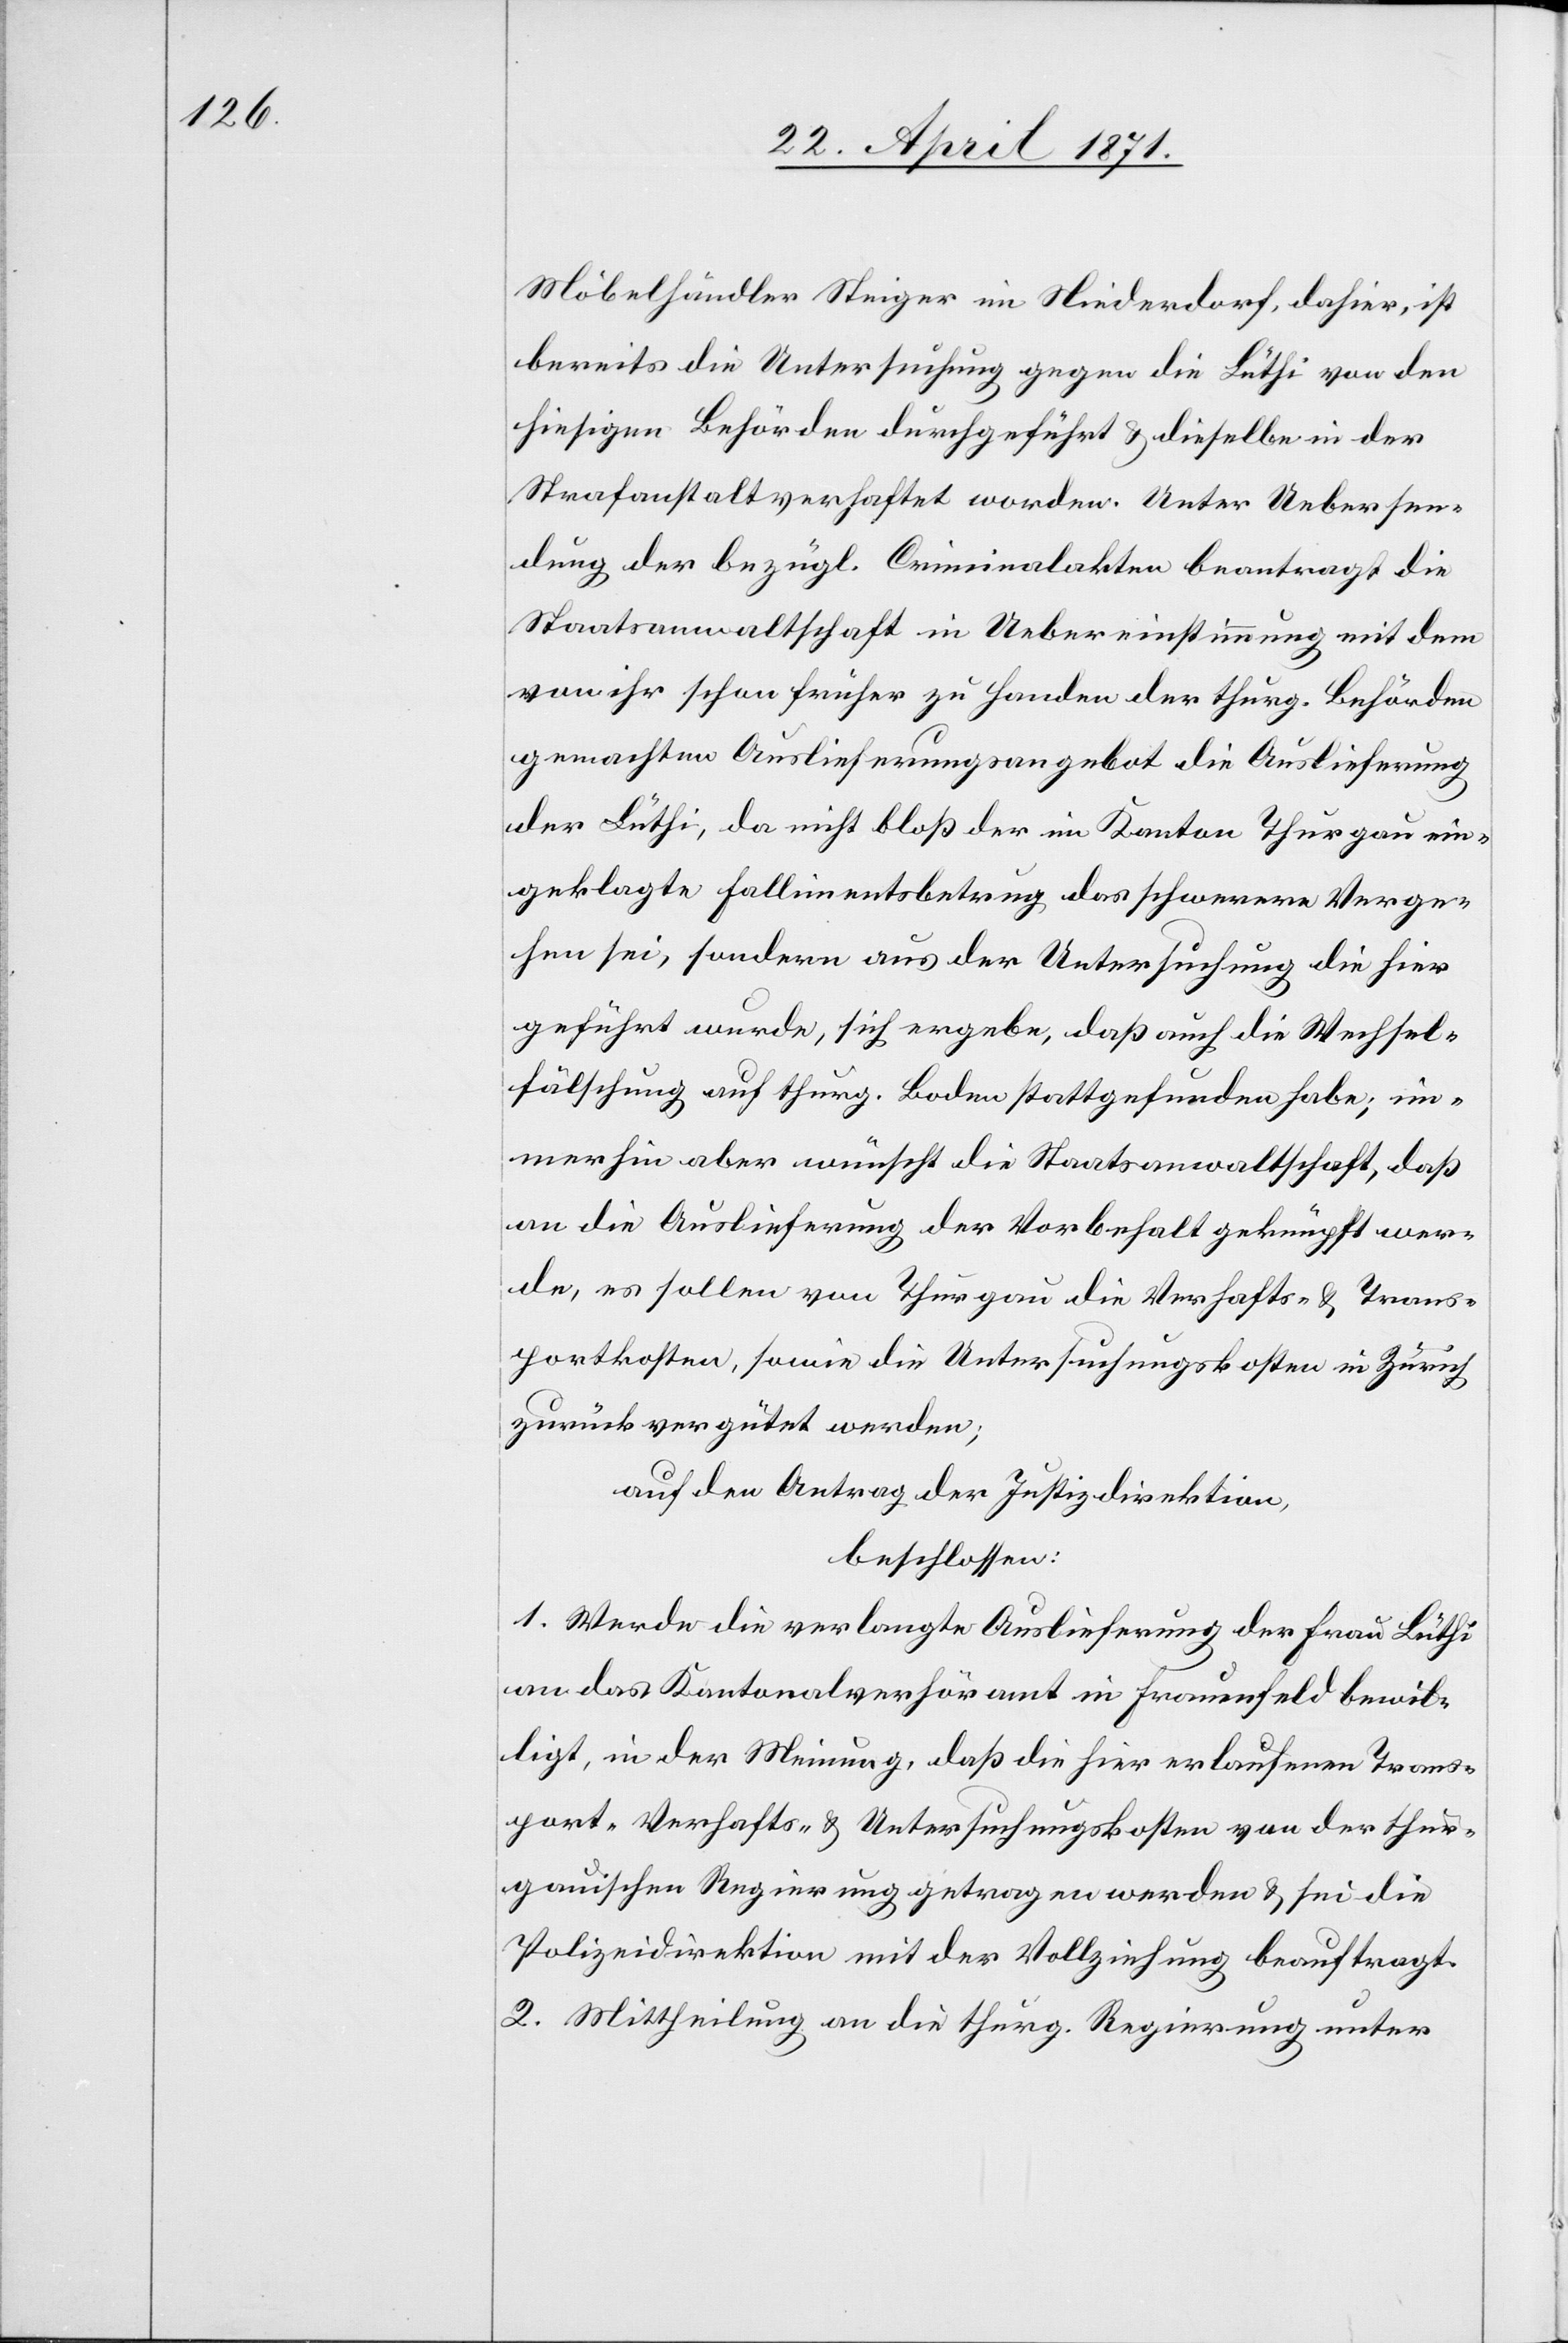
Möbelhändler Steiger in Niederdorf, dahier, ist
bereits die Untersuchung gegen die Lüthi von den
hiesigen Behörden durchgeführt u. dieselbe in der
Strafanstalt verhaftet worden. Unter Uebersen¬
dung der bezügl. Criminalakten beantragt die
Staatsanwaltschaft in Uebereinstimmung mit dem
von ihr schon früher zu Handen der thurg. Behörden
gemachten Auslieferungsangebot die Auslieferung
der Lüthi, da nicht bloß der im Kanton Thurgau ein¬
geklagte Fallimentsbetrug das schwerere Verge¬
hen sei, sondern aus der Untersuchung die hier
geführt wurde, sich ergeben, daß auch die Wechsel¬
fälschung auf thurg. Boden stattgefunden habe; im¬
merhin aber wünscht die Staatsanwaltschaft, daß
an die Auslieferung der Vorbehalt geknüpft wer¬
de, es sollen von Thurgau die Verhafts- u. Trans¬
portkosten, sowie die Untersuchungskosten in Zürich
zurückvergütet werden;
auf den Antrag der Justizdirektion,
beschlossen:
1. Werde die verlangte Auslieferung der Frau Lüthi
an das Kantonalverhöramt in Frauenfeld bewil¬
ligt, in der Meinung, daß die hier erlaufenen Trans¬
port-[,] Verhafts- u. Untersuchungskosten von der thur¬
gauischen Regierung getragen werden u. sei die
Polizeidirektion mit der Vollziehung beauftragt.
2. Mittheilung an die thurg. Regierung unter